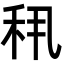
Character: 𬓣